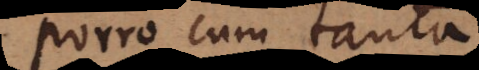
Porro cum tanta